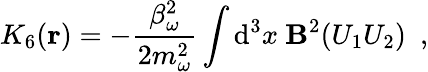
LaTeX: K_{6}({\mathbf r})=-\frac{\beta_{\omega}^{2}}{2m_{\omega}^{2}}\int\mathrm{d}^{3}x~{\mathbf B}^{2}(U_{1}U_{2})~~,